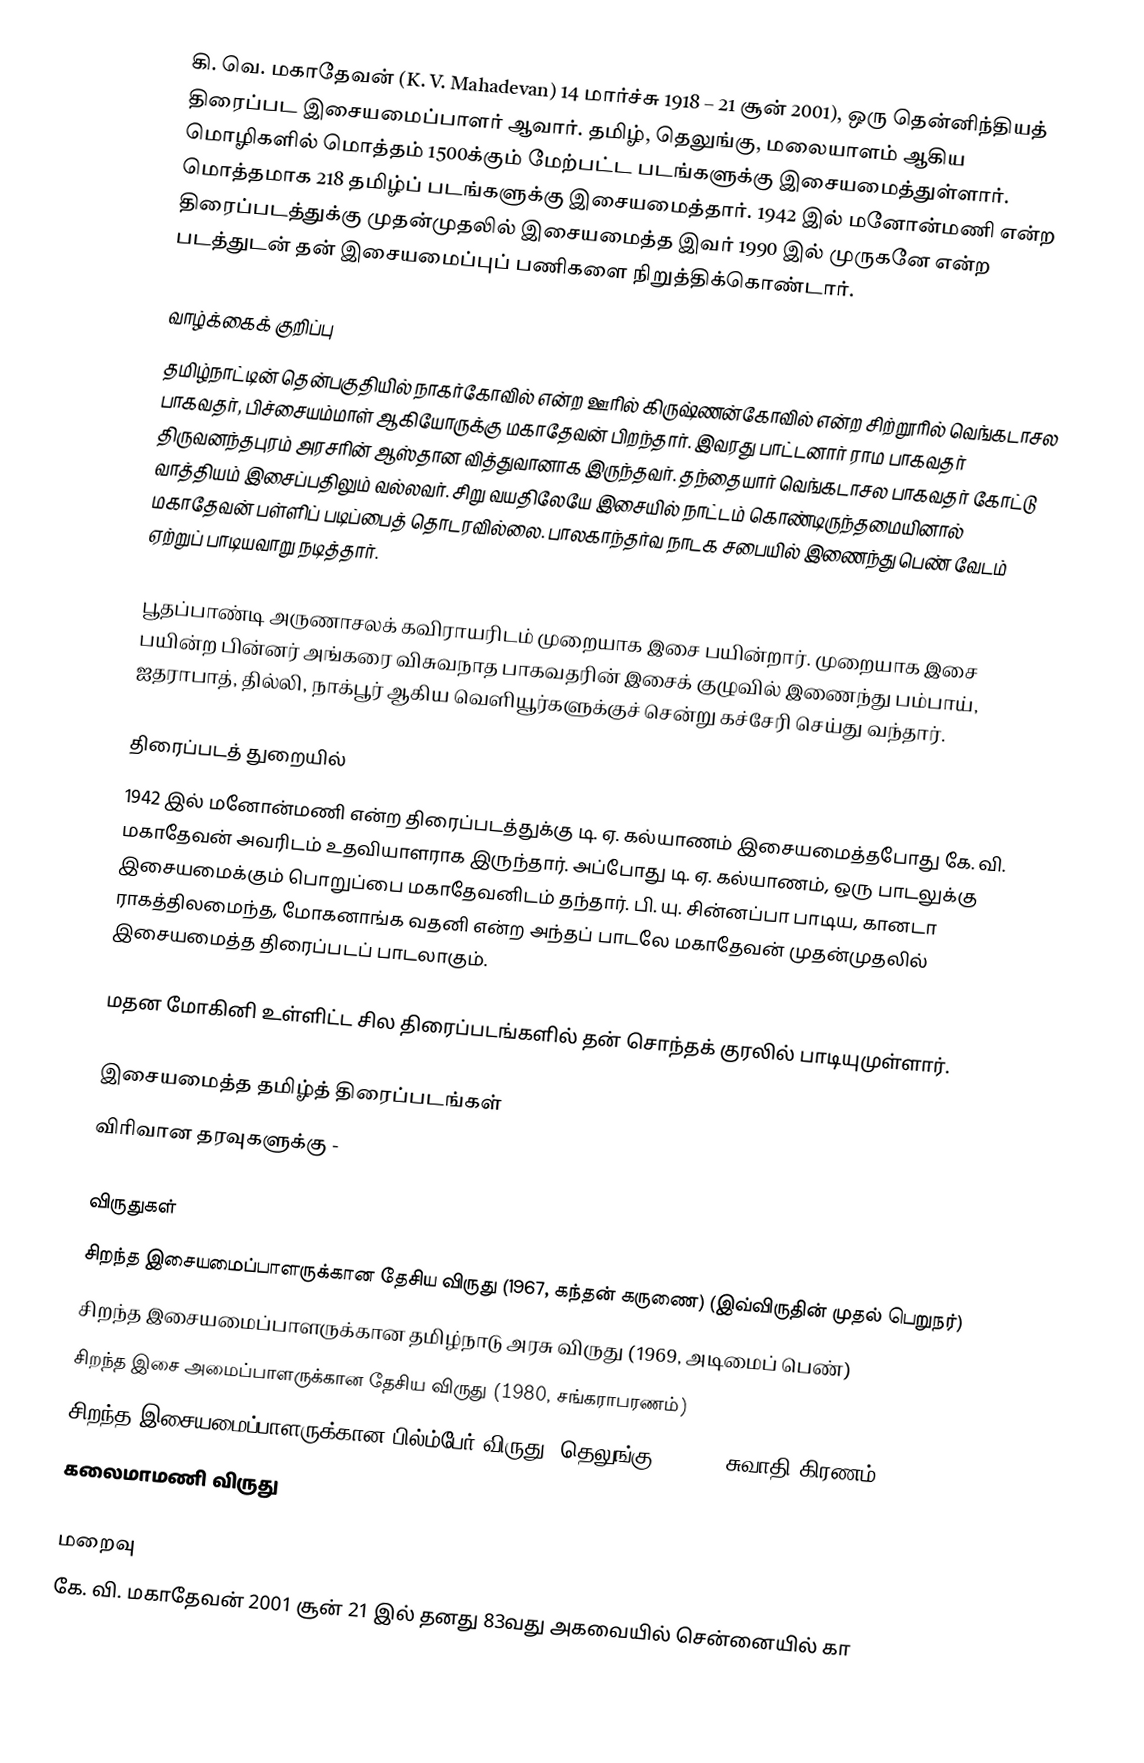
கி. வெ. மகாதேவன் (K. V. Mahadevan) 14 மார்ச்சு 1918 – 21 சூன் 2001), ஒரு தென்னிந்தியத் திரைப்பட இசையமைப்பாளர் ஆவார். தமிழ், தெலுங்கு, மலையாளம் ஆகிய மொழிகளில் மொத்தம் 1500க்கும் மேற்பட்ட படங்களுக்கு இசையமைத்துள்ளார். மொத்தமாக 218 தமிழ்ப் படங்களுக்கு இசையமைத்தார். 1942 இல் மனோன்மணி என்ற திரைப்படத்துக்கு முதன்முதலில் இசையமைத்த இவர் 1990 இல் முருகனே என்ற படத்துடன் தன் இசையமைப்புப் பணிகளை நிறுத்திக்கொண்டார்.

வாழ்க்கைக் குறிப்பு
தமிழ்நாட்டின் தென்பகுதியில் நாகர்கோவில் என்ற ஊரில் கிருஷ்ணன்கோவில் என்ற சிற்றூரில் வெங்கடாசல பாகவதர், பிச்சையம்மாள் ஆகியோருக்கு மகாதேவன் பிறந்தார். இவரது பாட்டனார் ராம பாகவதர் திருவனந்தபுரம் அரசரின் ஆஸ்தான வித்துவானாக இருந்தவர். தந்தையார் வெங்கடாசல பாகவதர் கோட்டு வாத்தியம் இசைப்பதிலும் வல்லவர். சிறு வயதிலேயே இசையில் நாட்டம் கொண்டிருந்தமையினால் மகாதேவன் பள்ளிப் படிப்பைத் தொடரவில்லை. பாலகாந்தர்வ நாடக சபையில் இணைந்து பெண் வேடம் ஏற்றுப் பாடியவாறு நடித்தார்.

பூதப்பாண்டி அருணாசலக் கவிராயரிடம் முறையாக இசை பயின்றார். முறையாக இசை பயின்ற பின்னர் அங்கரை விசுவநாத பாகவதரின் இசைக் குழுவில் இணைந்து பம்பாய், ஐதராபாத், தில்லி, நாக்பூர் ஆகிய வெளியூர்களுக்குச் சென்று கச்சேரி செய்து வந்தார்.

திரைப்படத் துறையில்
1942 இல் மனோன்மணி என்ற திரைப்படத்துக்கு டி. ஏ. கல்யாணம் இசையமைத்தபோது கே. வி. மகாதேவன் அவரிடம் உதவியாளராக இருந்தார். அப்போது டி. ஏ. கல்யாணம், ஒரு பாடலுக்கு இசையமைக்கும் பொறுப்பை மகாதேவனிடம் தந்தார். பி. யு. சின்னப்பா பாடிய, கானடா ராகத்திலமைந்த, மோகனாங்க வதனி என்ற அந்தப் பாடலே மகாதேவன் முதன்முதலில் இசையமைத்த திரைப்படப் பாடலாகும்.

மதன மோகினி உள்ளிட்ட சில திரைப்படங்களில் தன் சொந்தக் குரலில் பாடியுமுள்ளார்.

இசையமைத்த தமிழ்த் திரைப்படங்கள்
விரிவான தரவுகளுக்கு -

விருதுகள்
 சிறந்த இசையமைப்பாளருக்கான தேசிய விருது (1967, கந்தன் கருணை)  (இவ்விருதின் முதல் பெறுநர்)
 சிறந்த இசையமைப்பாளருக்கான தமிழ்நாடு அரசு விருது (1969, அடிமைப் பெண்)
 சிறந்த இசை அமைப்பாளருக்கான தேசிய விருது (1980, சங்கராபரணம்)
 சிறந்த இசையமைப்பாளருக்கான பில்ம்பேர் விருது (தெலுங்கு) (1992, சுவாதி கிரணம்)
 கலைமாமணி விருது

மறைவு
கே. வி. மகாதேவன் 2001 சூன் 21 இல் தனது 83வது அகவையில் சென்னையில் கா